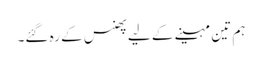
ہم تین مہینے کے لیے پھنس کے رہ گئے۔